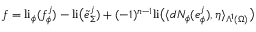
f = \mathrm { l i } _ { \phi } ( f _ { \phi } ^ { j } ) - \mathrm { l i } \big ( \tilde { e } _ { \Sigma } ^ { j } ) + ( - 1 ) ^ { n - 1 } \mathrm { l i } \big ( \langle d N _ { \phi } ( e _ { \phi } ^ { j } ) , \eta \rangle _ { \Lambda ^ { 1 } ( \Omega ) } \big )